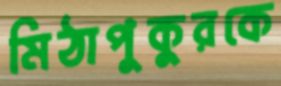
মিঠাপুকুরকে